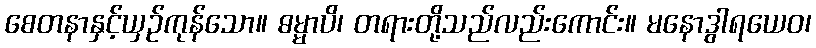
စေတနာနှင့်ယှဉ်ကုန်သော။ ဓမ္မာပိ၊ တရားတို့သည်လည်းကောင်း။ မနောဒွါရယေဝ၊